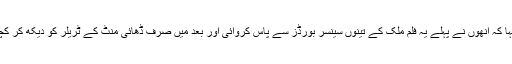
اس فلم کے بارے میں برطانوی نشریاتی ادارے سے بات کرتے ہوئے کہا کہ انھوں نے پہلے یہ فلم ملک کے تینوں سینسر بورڈز سے پاس کروائی اور بعد میں صرف ڈھائی منٹ کے ٹریلر کو دیکھ کر کچھ لوگوں نے مفروضوں کی بنیاد پر اس کے خلاف شکایت درج کروائی۔